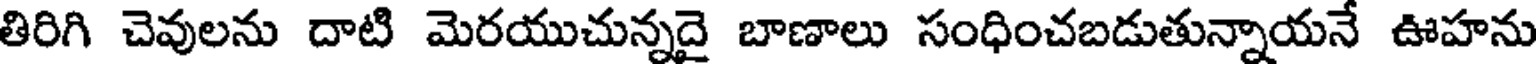
తిరిగి చెవులను దాటి మెరయుచున్నదై బాణాలు సంధించబడుతున్నాయనే ఊహను